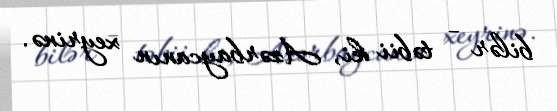
bilər - təbii ki, Azərbaycanın xeyrinə.